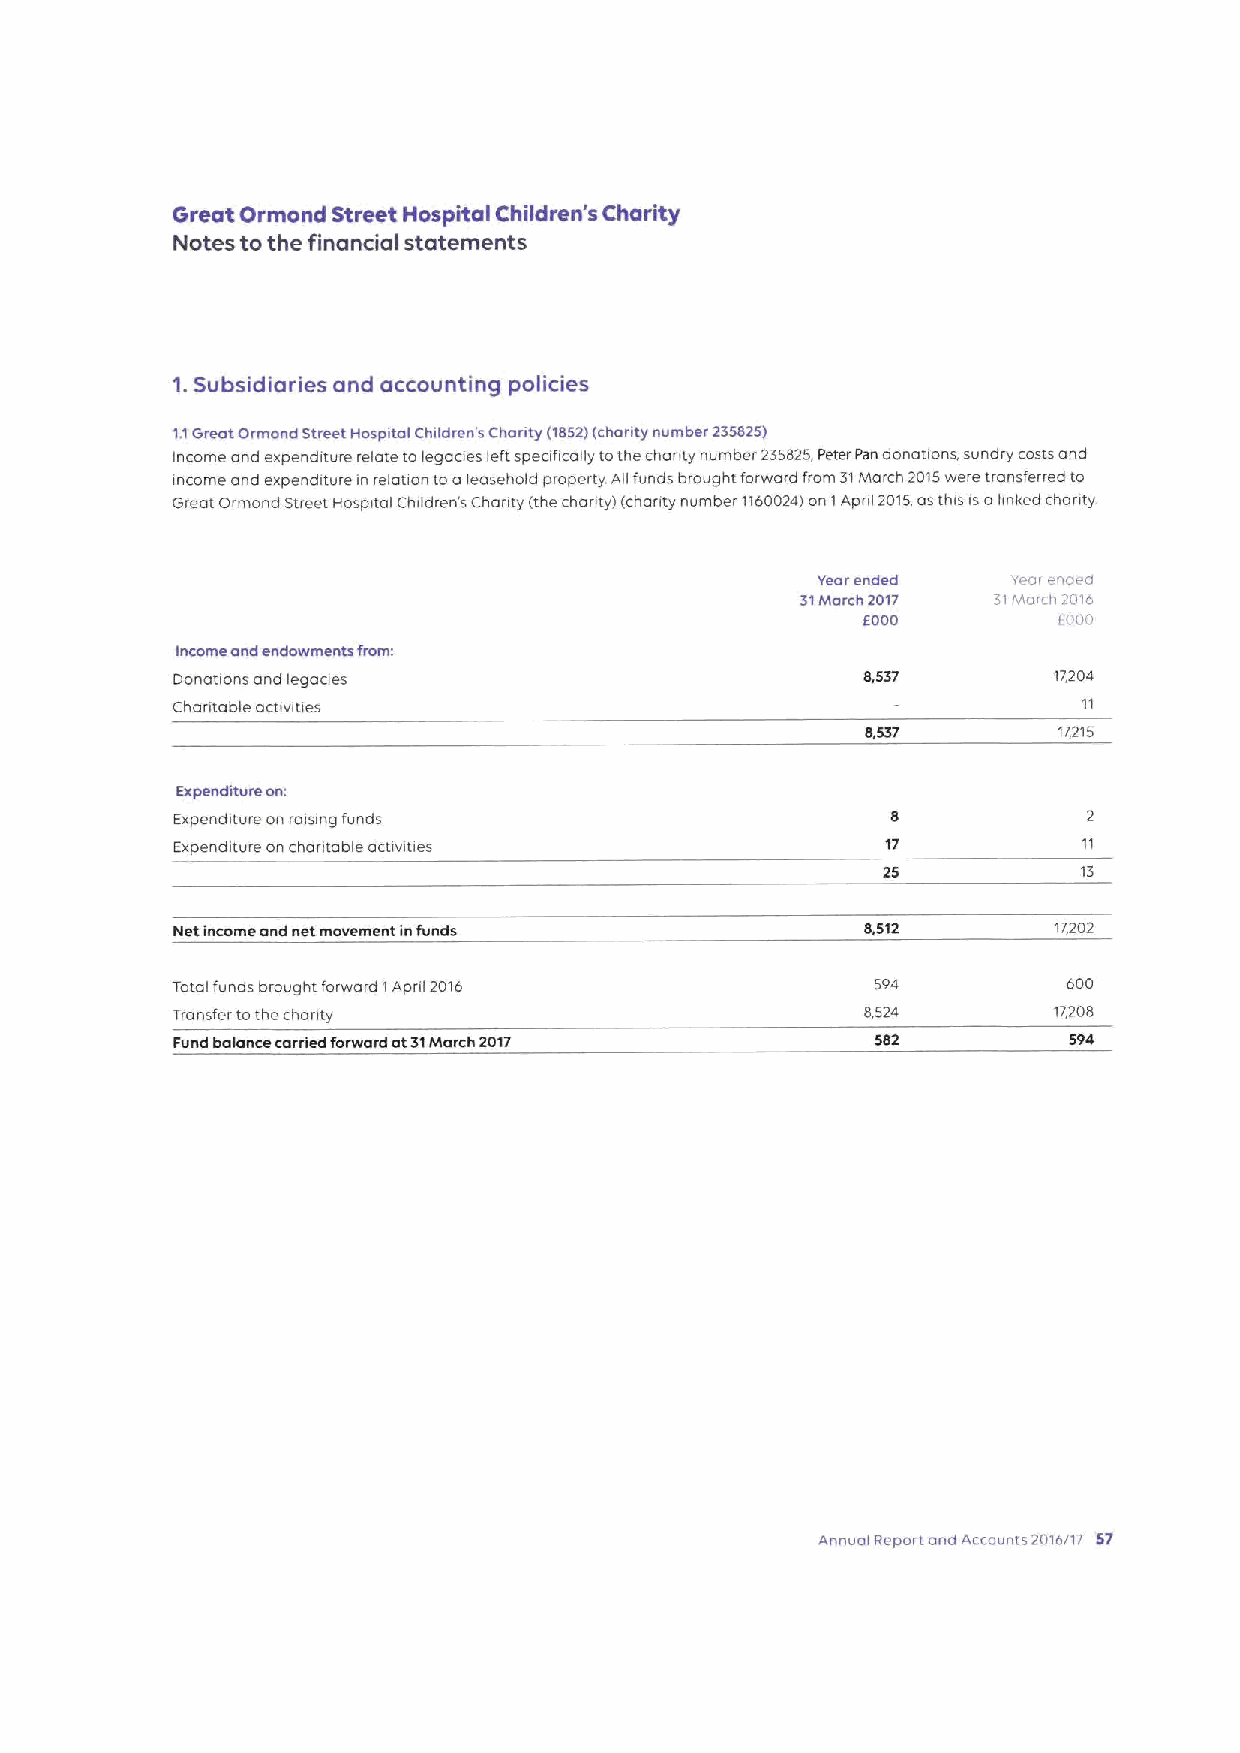
Great Ormond Street Hospital Children's Charity
 Notes to the financial statements
 1.Subsidiaries and accounting policies
 1,1Great Drmond Street Hospital Children's Charity (1852)(charity number 235825)
 Income and expenditure relate to legaaes left speafically tothe chanty number 235825,Peter Pen donations, sundry costs and
 income and expenditure in relation toaleasehold property All funds brought forward from 31March 2015were transferred to
 Great C)rmond Street Hospital Children's Chanty (the chanty) (chanty number 1160024)on IApnl 2015,asthis isaimked charity
 Yearended    Y-or eriaeci
 31March 2017 31Mar h 2016
 5000         (000
 Income and endowments from:
 Donations and legaaes                         8,537        17204
 Chantable activities
 17,215
 Expenditure on:
 Expenditure on raising funds
 Expenditure on chantable activities             17
 25            13
 lectincome ond net movement infunds           8,512        17,202
 Total funds brought forward IApnl 2016         594          600
 Transfer tothe chanty                         8,524        17208
 Fund balance carried forward at31March 2017    582          594
 Annual Report and Accounts 2016/17 57